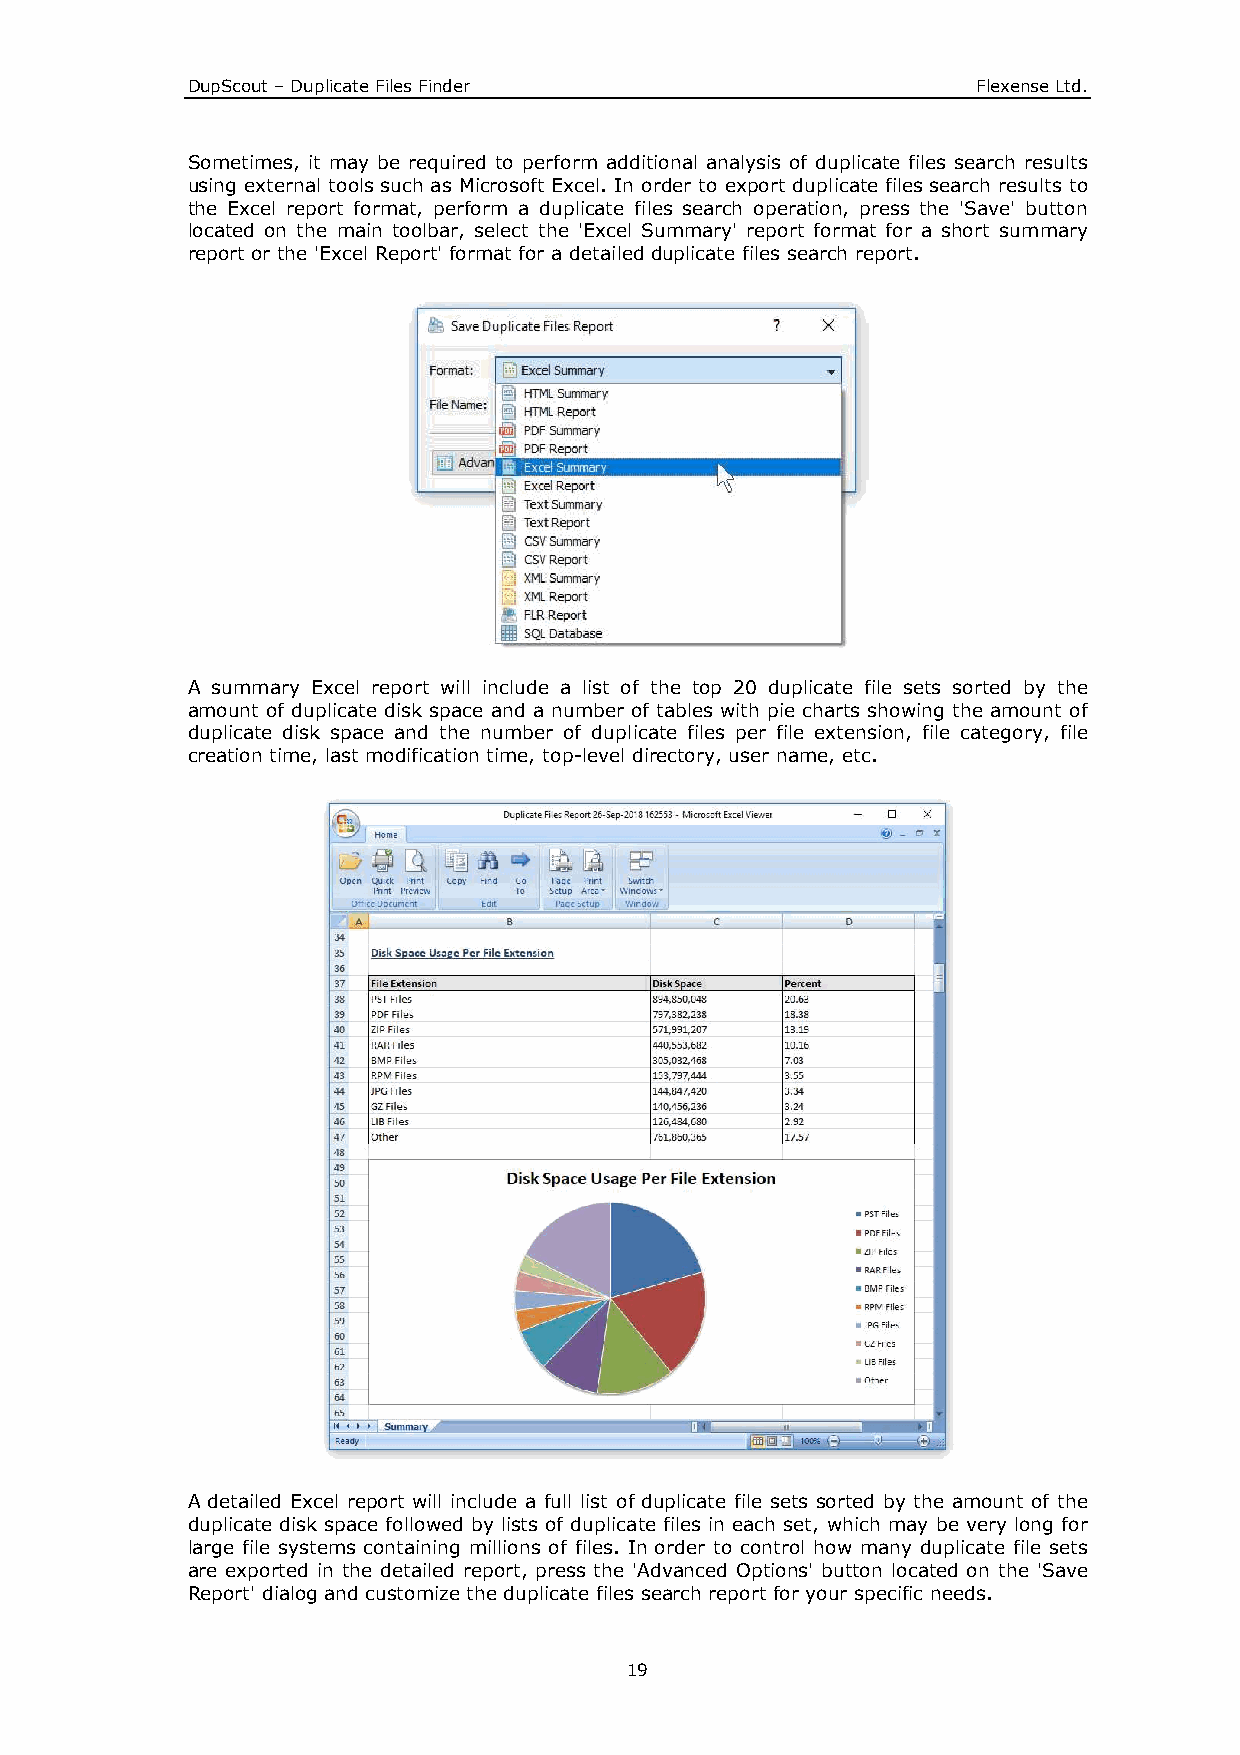
DupScout – Duplicate Files Finder                    Flexense Ltd.
 Sometimes, it may be required to perform additional analysis of duplicate files search results
 using external tools such as Microsoft Excel. In order to export duplicate files search results to
 the Excel report format, perform a duplicate files search operation, press the 'Save' button
 located on the main toolbar, select the 'Excel Summary' report format for a short summary
 report or the 'Excel Report' format for a detailed duplicate files search report.
 A summary Excel report will include a list of the top 20 duplicate file sets sorted by the
 amount of duplicate disk space and a number of tables with pie charts showing the amount of
 duplicate disk space and the number of duplicate files per file extension, file category, file
 creation time, last modification time, top-level directory, user name, etc.
 A detailed Excel report will include a full list of duplicate file sets sorted by the amount of the
 duplicate disk space followed by lists of duplicate files in each set, which may be very long for
 large file systems containing millions of files. In order to control how many duplicate file sets
 are exported in the detailed report, press the 'Advanced Options' button located on the 'Save
 Report' dialog and customize the duplicate files search report for your specific needs.
 19